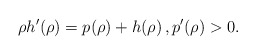
\begin{align*} \rho h'(\rho) = p(\rho) + h(\rho) \, , p'(\rho) > 0.\end{align*}